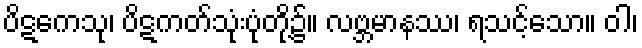
ပိဋကေသု၊ ပိဋကတ်သုံးပုံတို့၌။ လဗ္ဘမာနဿ၊ ရသင့်သော။ ဝါ၊